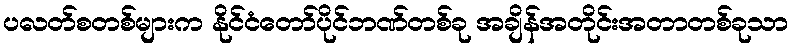
ပလတ်စတစ်များက နိုင်ငံတော်ပိုင်ဘဏ်တစ်ခု အချိန်အတိုင်းအတာတစ်ခုသာ